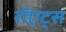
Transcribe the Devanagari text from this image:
रॉएट्स